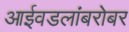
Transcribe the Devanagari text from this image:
आईवडलांबरोबर